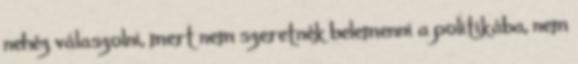
nehéz válaszolni, mert nem szeretnék belemenni a politikába, nem